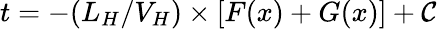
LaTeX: t=-(L_{H}/V_{H})\times[F(x)+G(x)]+\mathcal{C}